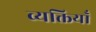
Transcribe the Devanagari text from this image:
व्यक्तियॉं